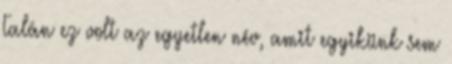
Talán ez volt az egyetlen név, amit egyikünk sem